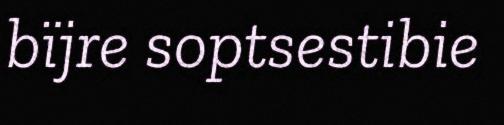
bïjre soptsestibie